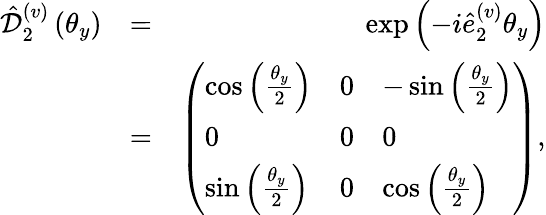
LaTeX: \begin{array}{rlr}{\hat{\mathcal D}_{2}^{(v)}\left(\theta_{y}\right)}&{=}&{\exp\left(-i\hat{e}_{2}^{(v)}\theta_{y}\right)}\\ &{=}&{\left(\begin{array}{lll}{\cos\left(\frac{\theta_{y}}{2}\right)}&{0}&{-\sin\left(\frac{\theta_{y}}{2}\right)}\\ {0}&{0}&{0}\\ {\sin\left(\frac{\theta_{y}}{2}\right)}&{0}&{\cos\left(\frac{\theta_{y}}{2}\right)}\end{array}\right),}\end{array}